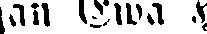
an Elva H